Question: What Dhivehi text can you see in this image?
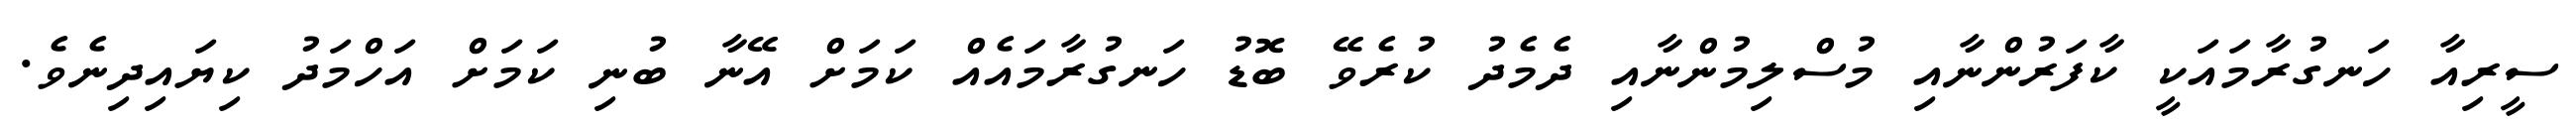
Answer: ސީރިއާ ހަނގުރާމައަކީ ކާފަރުންނާއި މުސްލިމުންނާއި ދެމެދު ކުރެވޭ ބޮޑު ހަނގުރާމައެއް ކަމަށް އޭނާ ބުނި ކަމަށް އަހްމަދު ކިޔައިދިނެވެ.